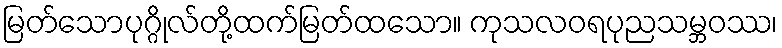
မြတ်သောပုဂ္ဂိုလ်တို့ထက်မြတ်ထသော။ ကုသလဝရပုညသမ္ဘဝဿ၊